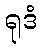
ရုဒံ